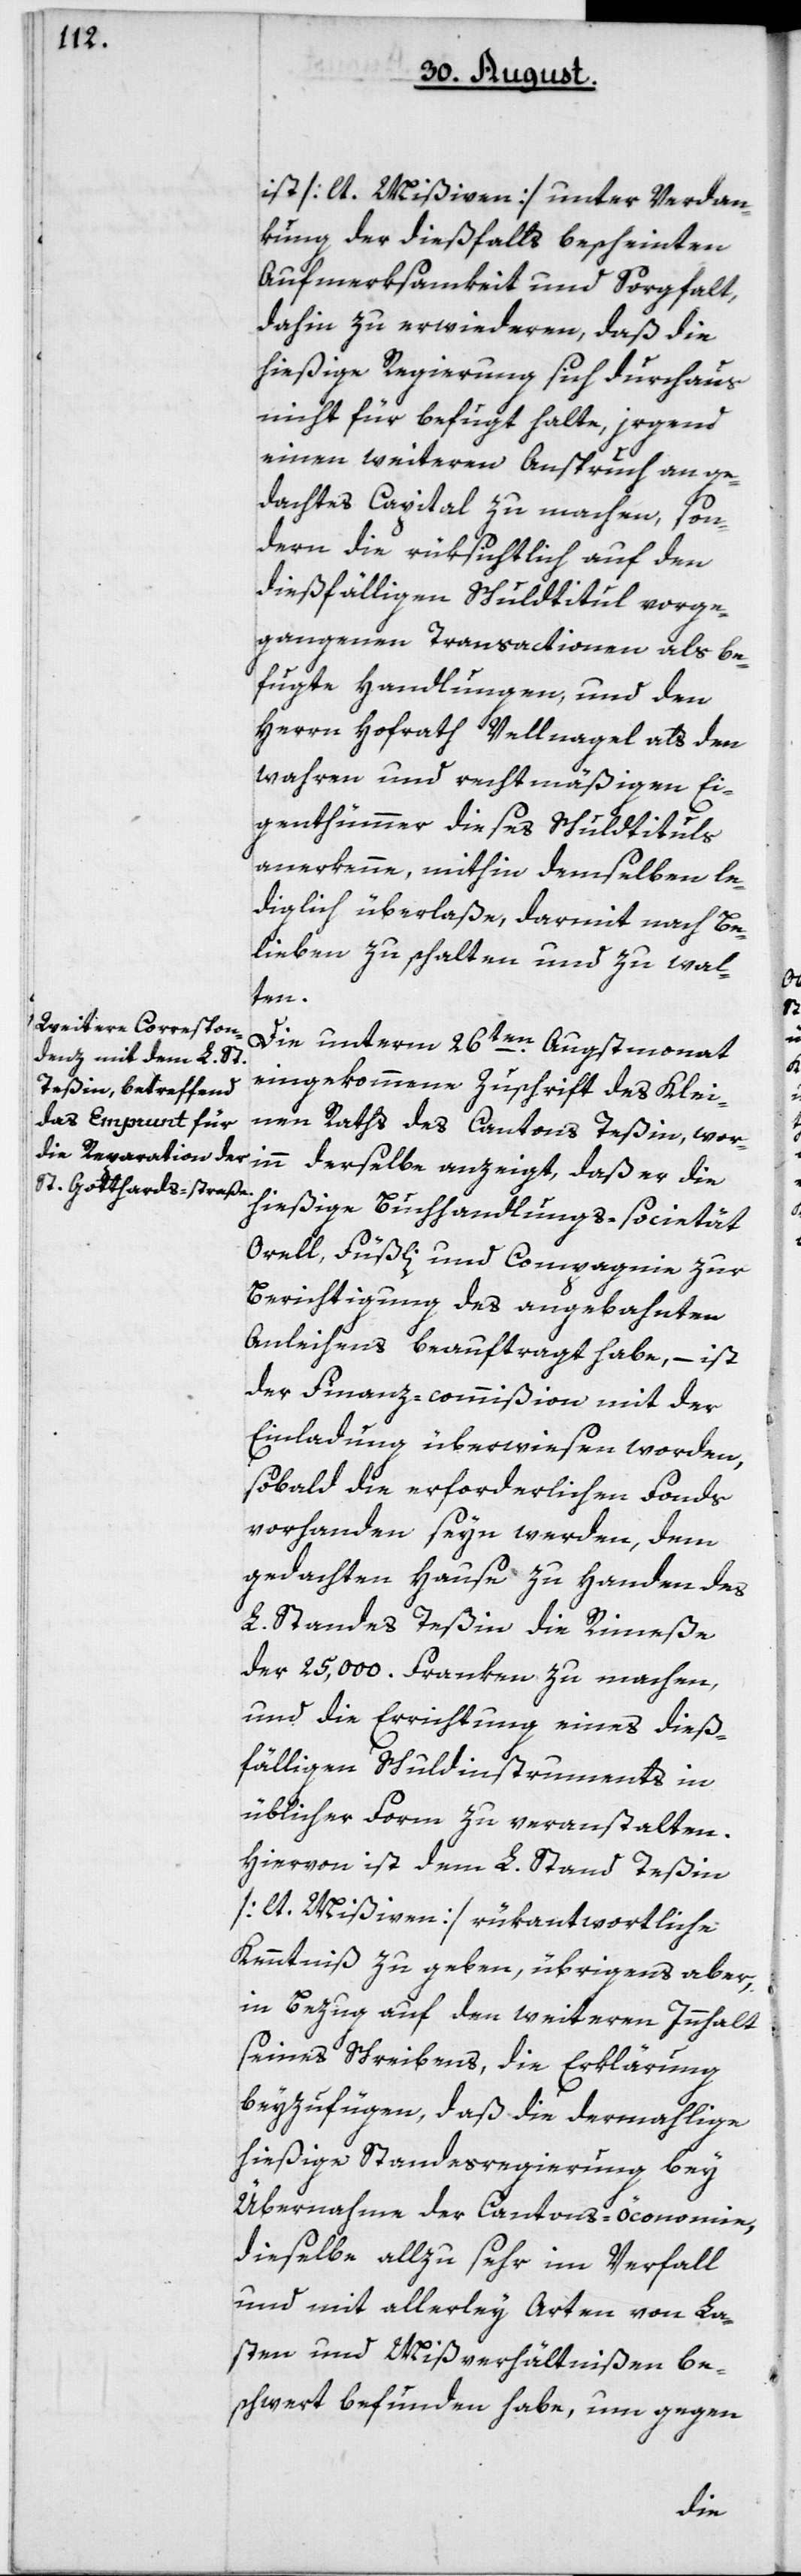
ist [lt. Mißiven] unter Verdan¬
kung der dießfalls bescheinten
Aufmerksamkeit und Sorgfalt,
dahin zu erwiederen, daß die
hießige Regierung sich durchaus
nicht für befugt halte, irgend
einen weiteren Anspruch an ge¬
dachtes Capital zu machen, son¬
dern die rüksichtlich auf den
dießfälligen Schuldtitul vorge¬
gangenen Transactionen als be¬
fugte Handlungen, und den
Herrn Hofrath Vellnagel als den
wahren und rechtmäßigen Ei¬
genthümer dieses Schuldtituls
anerkenne, mithin demselben le¬
diglich überlaße, darmit nach Be¬
lieben zu schalten und zu wal¬
ten.
Die unterm 26ten Augstmonat
eingekommene Zuschrift des Klei¬
nen Raths des Cantons Teßin, wor¬
hießige Buchhandlungs-societät
Orell, Füßli und Compagnie zur
Berichtigung des angebahnten
Anleihens beauftragt habe, – ist
der Finanz-commißion mit der
Einladung überwiesen worden,
sobald die erforderlichen Fonds
vorhanden seyn werden, dem
gedachten Hause zu Handen des
L. Standes Teßin die Rimeße
der 25'000 Franken zu machen,
und die Errichtung eines dieß¬
fälligen Schuldinstruments in
üblicher Form zu veranstalten.
Hiervon ist dem L. Stand Teßin
[lt. Mißiven] rükantwortliche
Kenntniß zu geben, übrigens aber,
in Bezug auf den weiteren Inhalt
seines Schreibens, die Erklärung
beyzufügen, daß die dermalige
hießige Standesregierung bey
Übernahme der Cantons-öconomie,
dieselbe allzu sehr im Verfall
und mit allerley Arten von La¬
sten und Mißverhältnißen be¬
schwert befunden habe, um gegen
die